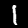
Digit: 1